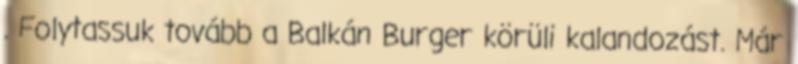
. Folytassuk tovább a Balkán Burger körüli kalandozást. Már